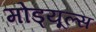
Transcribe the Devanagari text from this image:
मोड्यूल्स